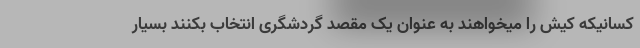
کسانیکه کیش را میخواهند به عنوان یک مقصد گردشگری انتخاب بکنند بسیار